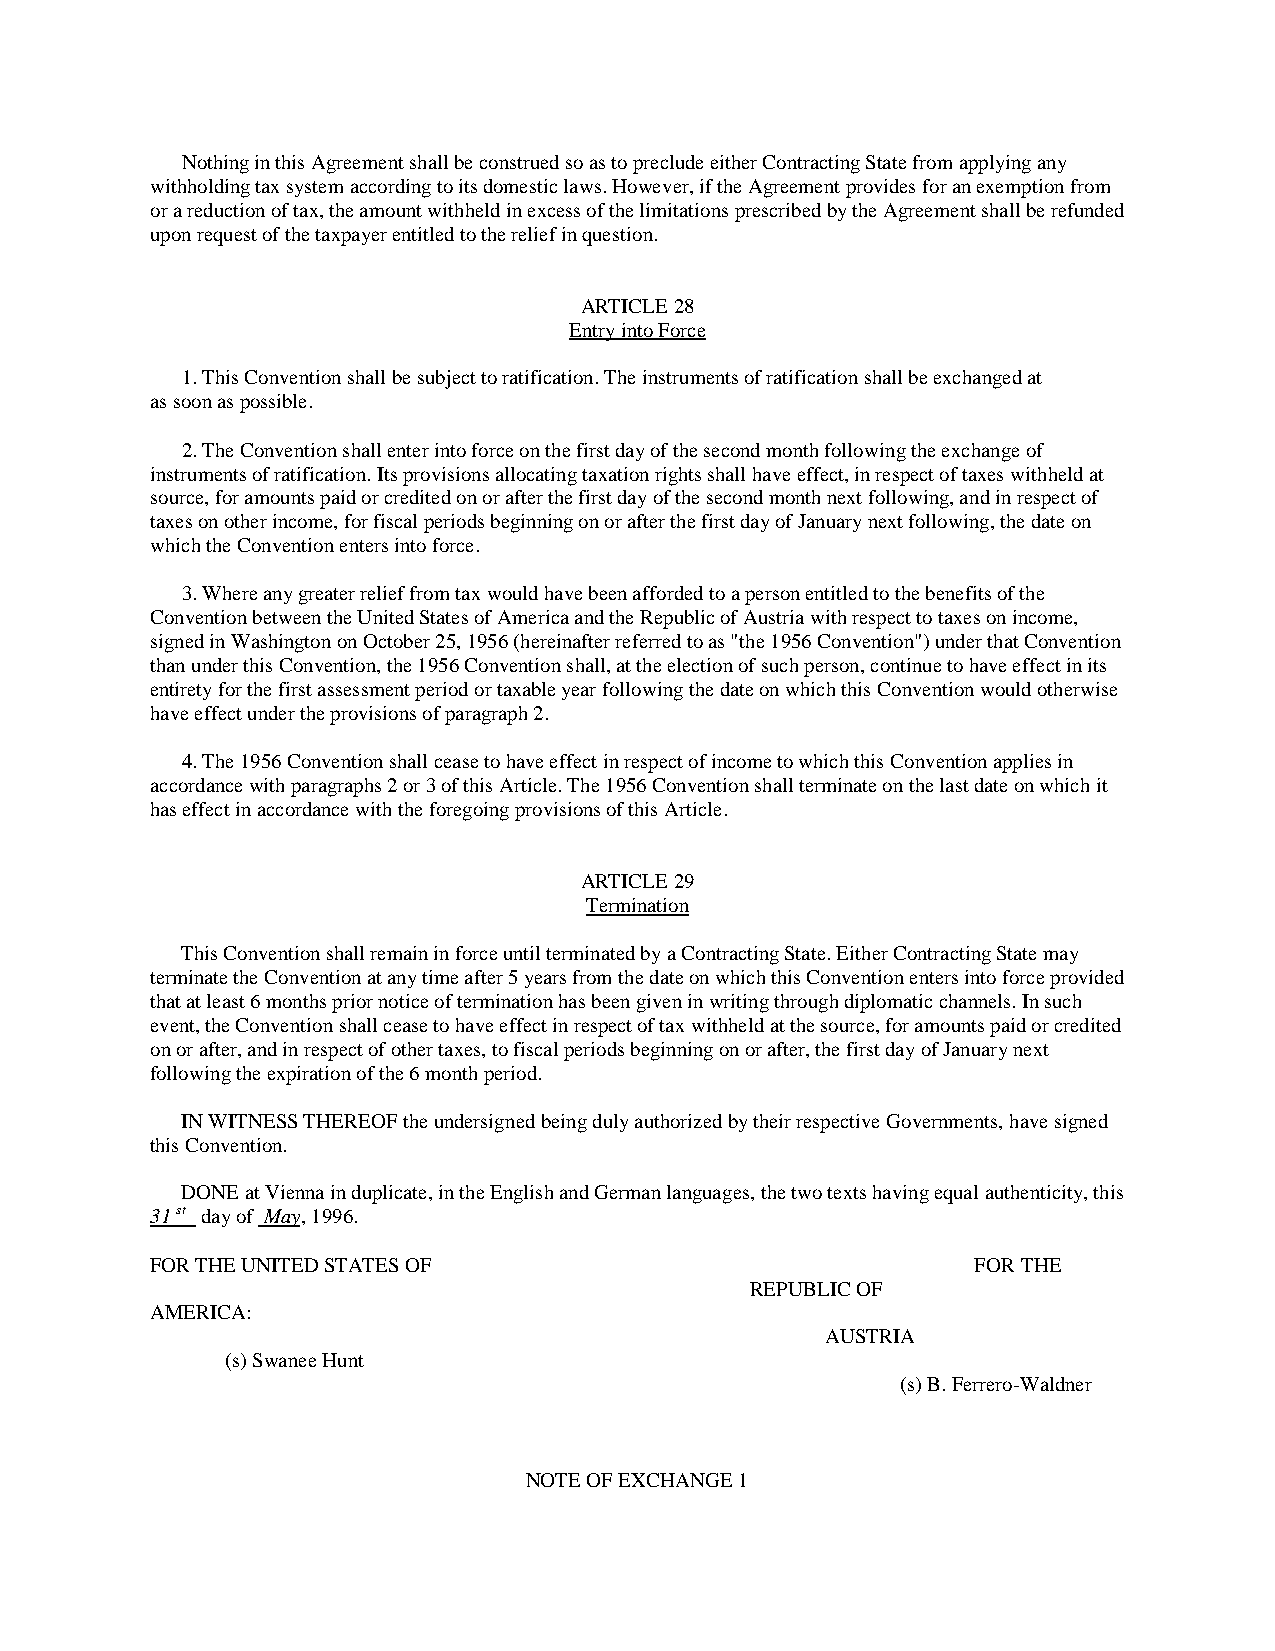
Nothing in this Agreement shall be construed so as to preclude either Contracting State from applying any
 withholding tax system according to its domestic laws. However, if the Agreement provides for an exemption from
 or a reduction of tax, the amount withheld in excess of the limitations prescribed by the Agreement shall be refunded
 upon request of the taxpayer entitled to the relief in question.
 ARTICLE 28
 Entry into Force
 1. This Convention shall be subject to ratification. The instruments of ratification shall be exchanged at
 as soon as possible.
 2. The Convention shall enter into force on the first day of the second month following the exchange of
 instruments of ratification. Its provisions allocating taxation rights shall have effect, in respect of taxes withheld at
 source, for amounts paid or credited on or after the first day of the second month next following, and in respect of
 taxes on other income, for fiscal periods beginning on or after the first day of January next following, the date on
 which the Convention enters into force.
 3. Where any greater relief from tax would have been afforded to a person entitled to the benefits of the
 Convention between the United States of America and the Republic of Austria with respect to taxes on income,
 signed in Washington on October 25, 1956 (hereinafter referred to as "the 1956 Convention") under that Convention
 than under this Convention, the 1956 Convention shall, at the election of such person, continue to have effect in its
 entirety for the first assessment period or taxable year following the date on which this Convention would otherwise
 have effect under the provisions of paragraph 2.
 4. The 1956 Convention shall cease to have effect in respect of income to which this Convention applies in
 accordance with paragraphs 2 or 3 of this Article. The 1956 Convention shall terminate on the last date on which it
 has effect in accordance with the foregoing provisions of this Article.
 ARTICLE 29
 Termination
 This Convention shall remain in force until terminated by a Contracting State. Either Contracting State may
 terminate the Convention at any time after 5 years from the date on which this Convention enters into force provided
 that at least 6 months prior notice of termination has been given in writing through diplomatic channels. In such
 event, the Convention shall cease to have effect in respect of tax withheld at the source, for amounts paid or credited
 on or after, and in respect of other taxes, to fiscal periods beginning on or after, the first day of January next
 following the expiration of the 6 month period.
 IN WITNESS THEREOF the undersigned being duly authorized by their respective Governments, have signed
 this Convention.
 DONE at Vienna in duplicate, in the English and German languages, the two texts having equal authenticity, this
 31 st day of May, 1996.
 FOR THE UNITED STATES OF                               FOR THE
 REPUBLIC OF
 AMERICA:
 AUSTRIA
 (s) Swanee Hunt
 (s) B. Ferrero-Waldner
 NOTE OF EXCHANGE 1